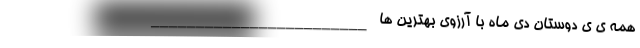
همه ی ی دوستان دی ماه با آرزوی بهترین ها ________________________